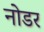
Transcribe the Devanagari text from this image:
नोडर